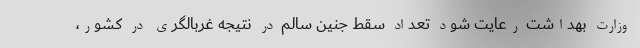
وزارت بهداشت رعایت شود تعداد سقط جنین سالم در نتیجه غربالگری در کشور،